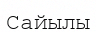
Сайылы